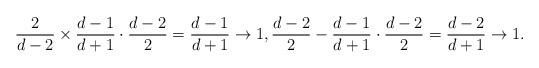
LaTeX: \begin{align*}\frac{2}{d-2} \times \frac{d-1}{d+1} \cdot \frac{d-2}{2} = \frac{d-1}{d+1} \rightarrow 1, \frac{d-2}{2} - \frac{d-1}{d+1} \cdot \frac{d-2}{2} = \frac{d-2}{d+1} \rightarrow 1 .\end{align*}